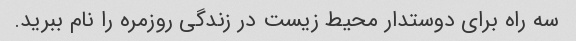
سه راه برای دوستدار محیط زیست در زندگی روزمره را نام ببرید.